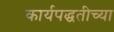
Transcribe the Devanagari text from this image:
कार्यपद्धतीच्या